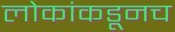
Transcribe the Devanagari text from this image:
लोकांकडूनच